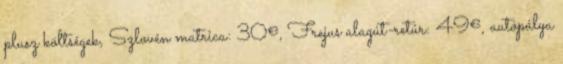
plusz költségek, Szlovén matrica: 30€, Frejus alagút-retúr: 49€, autópálya